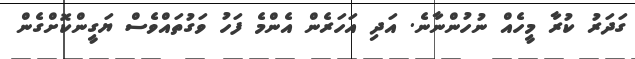
ގަދަރު ކުރާ މީހެއް ނުހުންނާނެ. އަދި އަހަރެން އެެންމެ ފަހު ވަގުތައްވެސް ޔަގީންކޮށްގެން